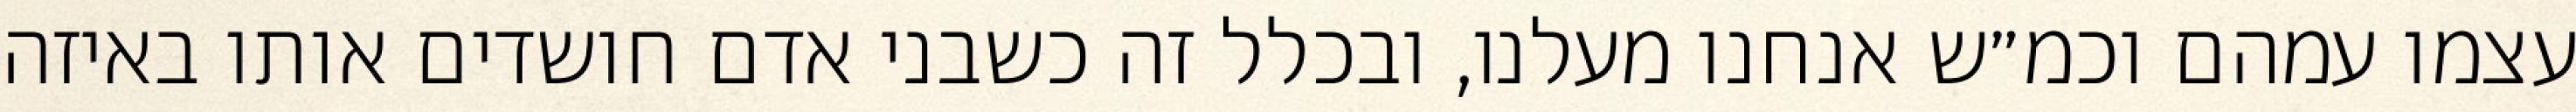
עצמו עמהם וכמ״ש אנחנו מעלנו, ובכלל זה כשבני אדם חושדים אותו באיזה